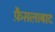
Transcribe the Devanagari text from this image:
फै़सलाबाद